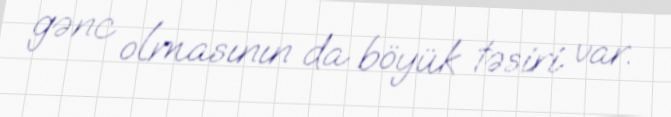
gənc olmasının da böyük təsiri var.